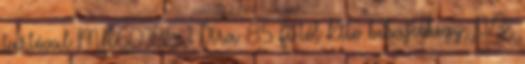
tartóval MR60335 1 Ára 85 Ft-tól Kito behajtóhegy, PZ,